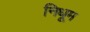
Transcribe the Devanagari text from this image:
निधूम